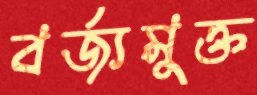
বর্জ্যমুক্ত